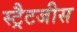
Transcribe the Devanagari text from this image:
स्ट्रैटजीस